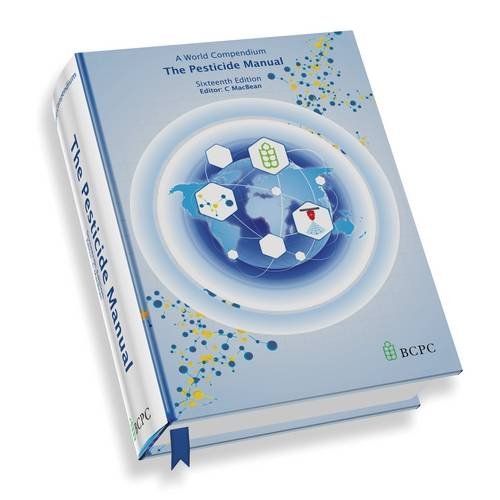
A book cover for The Pesticide Manual: A World Compendium; Science & Math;